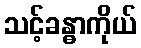
သင့်ခန္ဓာကိုယ်